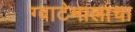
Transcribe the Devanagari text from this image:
ग्वाटेमालाचा